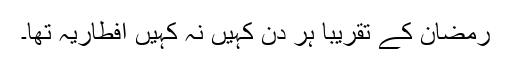
رمضان کے تقریباً ہر دن کہیں نہ کہیں افطاریہ تھا۔